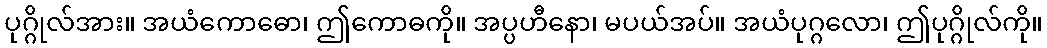
ပုဂ္ဂိုလ်အား။ အယံကောဓော၊ ဤကောဓကို။ အပ္ပဟီနော၊ မပယ်အပ်။ အယံပုဂ္ဂလော၊ ဤပုဂ္ဂိုလ်ကို။